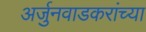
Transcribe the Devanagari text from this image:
अर्जुनवाडकरांच्या